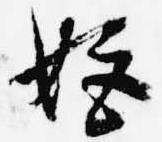
姫